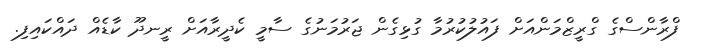
ފްރާންސްގެ ގްރީޒްމަންއަށް ފައުލުކުރުމާ ގުޅިގެން ޖަރުމަނުގެ ސާމީ ކެދީރާއަށް ރީނދޫ ކާޑެއް ދައްކައިފި.